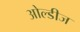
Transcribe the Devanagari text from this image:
ओल्डीज